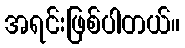
အရင်းဖြစ်ပါတယ်။